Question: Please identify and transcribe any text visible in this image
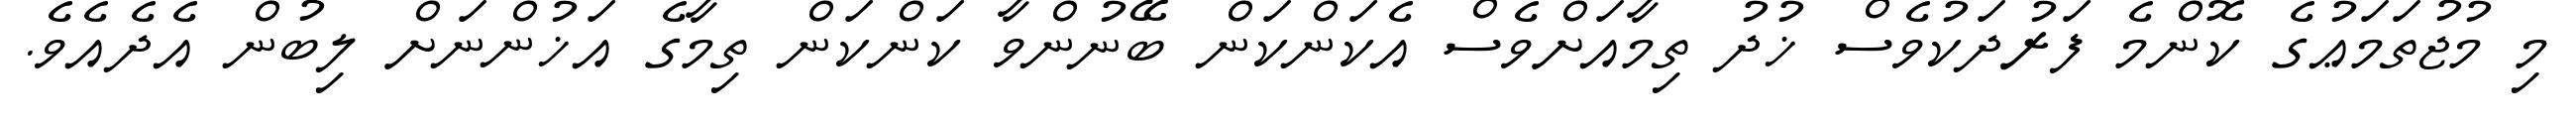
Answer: މި މުޖުތަމަޢުގެ ކޮންމެ ފަރުދަކުވެސް ޚުދު ތިމާއަށްވެސް އެކަންކަން ބޭނުންވާ ކަންކަން ތިމާގެ އަޚުންނަށް ލިބުން އެދެއެވެ.